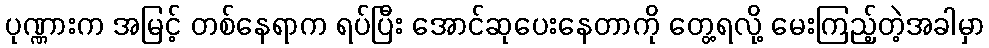
ပုဏ္ဏားက အမြင့် တစ်နေရာက ရပ်ပြီး အောင်ဆုပေးနေတာကို တွေ့ရလို့ မေးကြည့်တဲ့အခါမှာ